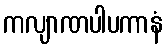
ကလျာဏပါပကာနံ